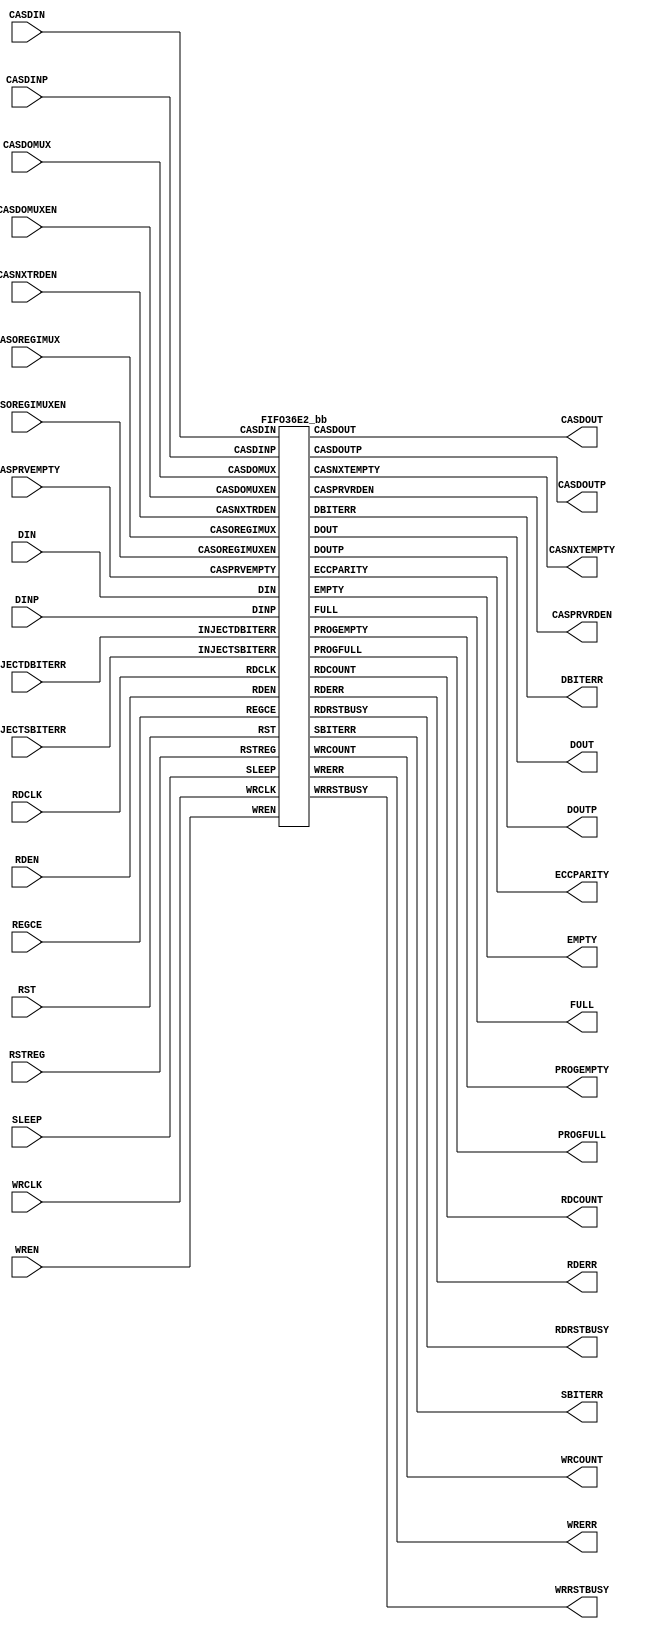
///////////////////////////////////////////////////////////////////////////////
//  Copyright (c) 1995/2015 Xilinx, Inc.
//  All Right Reserved.
///////////////////////////////////////////////////////////////////////////////
//
//   ____   ___
//  /   /\/   / 
// /___/  \  /     Vendor      : Xilinx 
// \   \   \/      Version     : 2015.4
//  \   \          Description : Xilinx Formal Library Component
//  /   /                     
// /___/   /\      Filename    : FIFO36E2.v
// \   \  /  \ 
//  \___\/\___\                    
//                                 
///////////////////////////////////////////////////////////////////////////////
//  Revision:
//  11/30/2012 - intial
//  12/12/2012 - yaml update, 691724 and 691715
//  02/07/2013 - 699628 - correction to DO_PIPELINED mode
//  02/28/2013 - update to keep in sync with RAMB models
//  03/18/2013 - 707083 reads should clear FULL when RD & WR in CDC.
//  03/22/2013 - sync5 yaml update, port ordering, *RSTBUSY
//  03/25/2013 - 707652 - RST = 1 n enters RST sequence but does not hold it there.
//  03/25/2013 - 707719 - Add sync5 cascade feature
//  03/27/2013 - 708820 - FULL flag deassert during WREN ind clocks.
//  10/31/14 - Added inverter functionality for IS_*_INVERTED parameter (CR 828995).
//  End Revision:
///////////////////////////////////////////////////////////////////////////////

`timescale 1 ps / 1 ps 

`celldefine

module FIFO36E2 #(
  `ifdef XIL_TIMING //Simprim 
  parameter LOC = "UNPLACED",  
  `endif
  parameter CASCADE_ORDER = "NONE",
  parameter CLOCK_DOMAINS = "INDEPENDENT",
  parameter EN_ECC_PIPE = "FALSE",
  parameter EN_ECC_READ = "FALSE",
  parameter EN_ECC_WRITE = "FALSE",
  parameter FIRST_WORD_FALL_THROUGH = "FALSE",
  parameter [71:0] INIT = 72'h000000000000000000,
  parameter [0:0] IS_RDCLK_INVERTED = 1'b0,
  parameter [0:0] IS_RDEN_INVERTED = 1'b0,
  parameter [0:0] IS_RSTREG_INVERTED = 1'b0,
  parameter [0:0] IS_RST_INVERTED = 1'b0,
  parameter [0:0] IS_WRCLK_INVERTED = 1'b0,
  parameter [0:0] IS_WREN_INVERTED = 1'b0,
  parameter integer PROG_EMPTY_THRESH = 256,
  parameter integer PROG_FULL_THRESH = 256,
  parameter RDCOUNT_TYPE = "RAW_PNTR",
  parameter integer READ_WIDTH = 4,
  parameter REGISTER_MODE = "UNREGISTERED",
  parameter RSTREG_PRIORITY = "RSTREG",
  parameter SLEEP_ASYNC = "FALSE",
  parameter [71:0] SRVAL = 72'h000000000000000000,
  parameter WRCOUNT_TYPE = "RAW_PNTR",
  parameter integer WRITE_WIDTH = 4
)(
  output [63:0] CASDOUT,
  output [7:0] CASDOUTP,
  output CASNXTEMPTY,
  output CASPRVRDEN,
  output DBITERR,
  output [63:0] DOUT,
  output [7:0] DOUTP,
  output [7:0] ECCPARITY,
  output EMPTY,
  output FULL,
  output PROGEMPTY,
  output PROGFULL,
  output [13:0] RDCOUNT,
  output RDERR,
  output RDRSTBUSY,
  output SBITERR,
  output [13:0] WRCOUNT,
  output WRERR,
  output WRRSTBUSY,

  input [63:0] CASDIN,
  input [7:0] CASDINP,
  input CASDOMUX,
  input CASDOMUXEN,
  input CASNXTRDEN,
  input CASOREGIMUX,
  input CASOREGIMUXEN,
  input CASPRVEMPTY,
  input [63:0] DIN,
  input [7:0] DINP,
  input INJECTDBITERR,
  input INJECTSBITERR,
  input RDCLK,
  input RDEN,
  input REGCE,
  input RST,
  input RSTREG,
  input SLEEP,
  input WRCLK,
  input WREN
);

   wire RDCLK_in;
   wire RDEN_in;
   wire RSTREG_in;
   wire RST_in;
   wire WRCLK_in;
   wire WREN_in;
   
   assign RDCLK_in = RDCLK ^ IS_RDCLK_INVERTED;
   assign RDEN_in = RDEN ^ IS_RDEN_INVERTED;
   assign RSTREG_in = RSTREG ^ IS_RSTREG_INVERTED;
   assign RST_in = RST ^ IS_RST_INVERTED;
   assign WRCLK_in = WRCLK ^ IS_WRCLK_INVERTED;
   assign WREN_in = WREN ^ IS_WREN_INVERTED;
   
   FIFO36E2_bb inst_bb (
            .CASDOUT(CASDOUT),
            .CASDOUTP(CASDOUTP),
            .CASNXTEMPTY(CASNXTEMPTY),
            .CASPRVRDEN(CASPRVRDEN),
            .DBITERR(DBITERR),
            .DOUT(DOUT),
            .DOUTP(DOUTP),
            .ECCPARITY(ECCPARITY),
            .EMPTY(EMPTY),
            .FULL(FULL),
            .PROGEMPTY(PROGEMPTY),
            .PROGFULL(PROGFULL),
            .RDCOUNT(RDCOUNT),
            .RDERR(RDERR),
            .RDRSTBUSY(RDRSTBUSY),
            .SBITERR(SBITERR),
            .WRCOUNT(WRCOUNT),
            .WRERR(WRERR),
            .WRRSTBUSY(WRRSTBUSY),
            .CASDIN(CASDIN),
            .CASDINP(CASDINP),
            .CASDOMUX(CASDOMUX),
            .CASDOMUXEN(CASDOMUXEN),
            .CASNXTRDEN(CASNXTRDEN),
            .CASOREGIMUX(CASOREGIMUX),
            .CASOREGIMUXEN(CASOREGIMUXEN),
            .CASPRVEMPTY(CASPRVEMPTY),
            .DIN(DIN),
            .DINP(DINP),
            .INJECTDBITERR(INJECTDBITERR),
            .INJECTSBITERR(INJECTSBITERR),
            .RDCLK(RDCLK_in),
            .RDEN(RDEN_in),
            .REGCE(REGCE),
            .RST(RST_in),
            .RSTREG(RSTREG_in),
            .SLEEP(SLEEP),
            .WRCLK(WRCLK_in),
            .WREN(WREN_in)
            );

endmodule

module FIFO36E2_bb (
  output [63:0] CASDOUT,
  output [7:0] CASDOUTP,
  output CASNXTEMPTY,
  output CASPRVRDEN,
  output DBITERR,
  output [63:0] DOUT,
  output [7:0] DOUTP,
  output [7:0] ECCPARITY,
  output EMPTY,
  output FULL,
  output PROGEMPTY,
  output PROGFULL,
  output [13:0] RDCOUNT,
  output RDERR,
  output RDRSTBUSY,
  output SBITERR,
  output [13:0] WRCOUNT,
  output WRERR,
  output WRRSTBUSY,

  input [63:0] CASDIN,
  input [7:0] CASDINP,
  input CASDOMUX,
  input CASDOMUXEN,
  input CASNXTRDEN,
  input CASOREGIMUX,
  input CASOREGIMUXEN,
  input CASPRVEMPTY,
  input [63:0] DIN,
  input [7:0] DINP,
  input INJECTDBITERR,
  input INJECTSBITERR,
  input RDCLK,
  input RDEN,
  input REGCE,
  input RST,
  input RSTREG,
  input SLEEP,
  input WRCLK,
  input WREN
);

endmodule

`endcelldefine